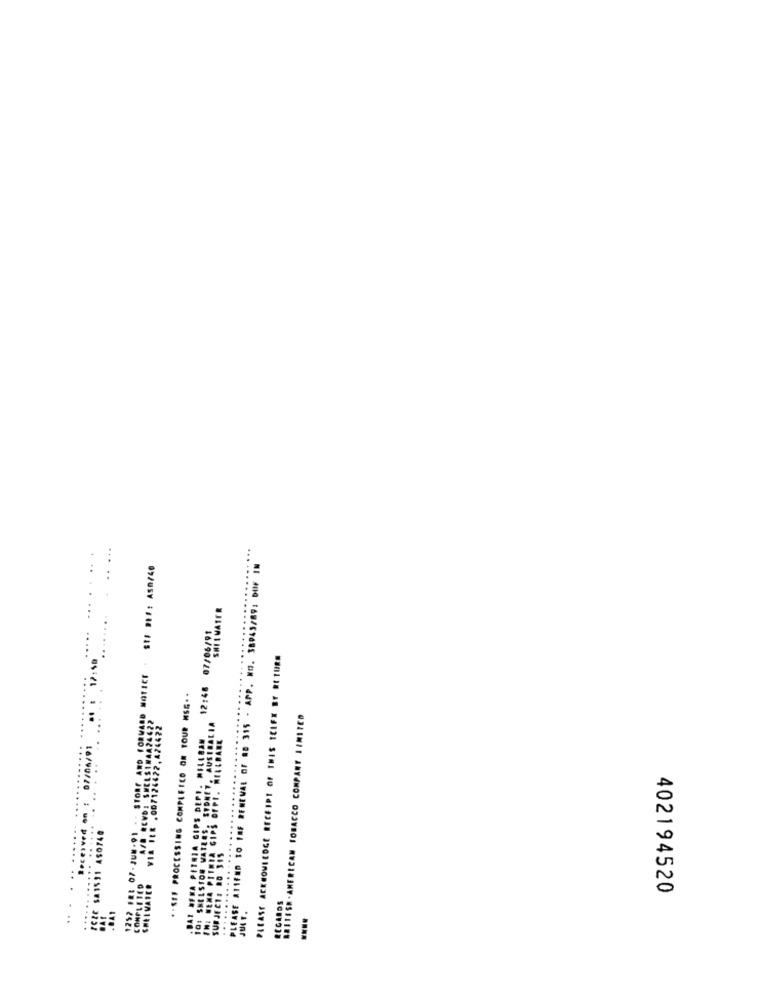
SIF DE#: ASD/40
PLEASE AT1FMD TO INF RENEWAL OF 08 315 - APP. NO. 38943/89: DUF IN
PLEASE ACKNOWLEDGE RECEIPT OF THIS ICLEX BY RETURN
** SEF PROCESSING COMPLEICO ON TOUR MSG. .
.....
BRITESH - AMERICAN TOBACCO COMPANY LIMITED
13/11/90/20 99:21
16/46
.......
. DAT BENA PETRIA GIPS
402194520